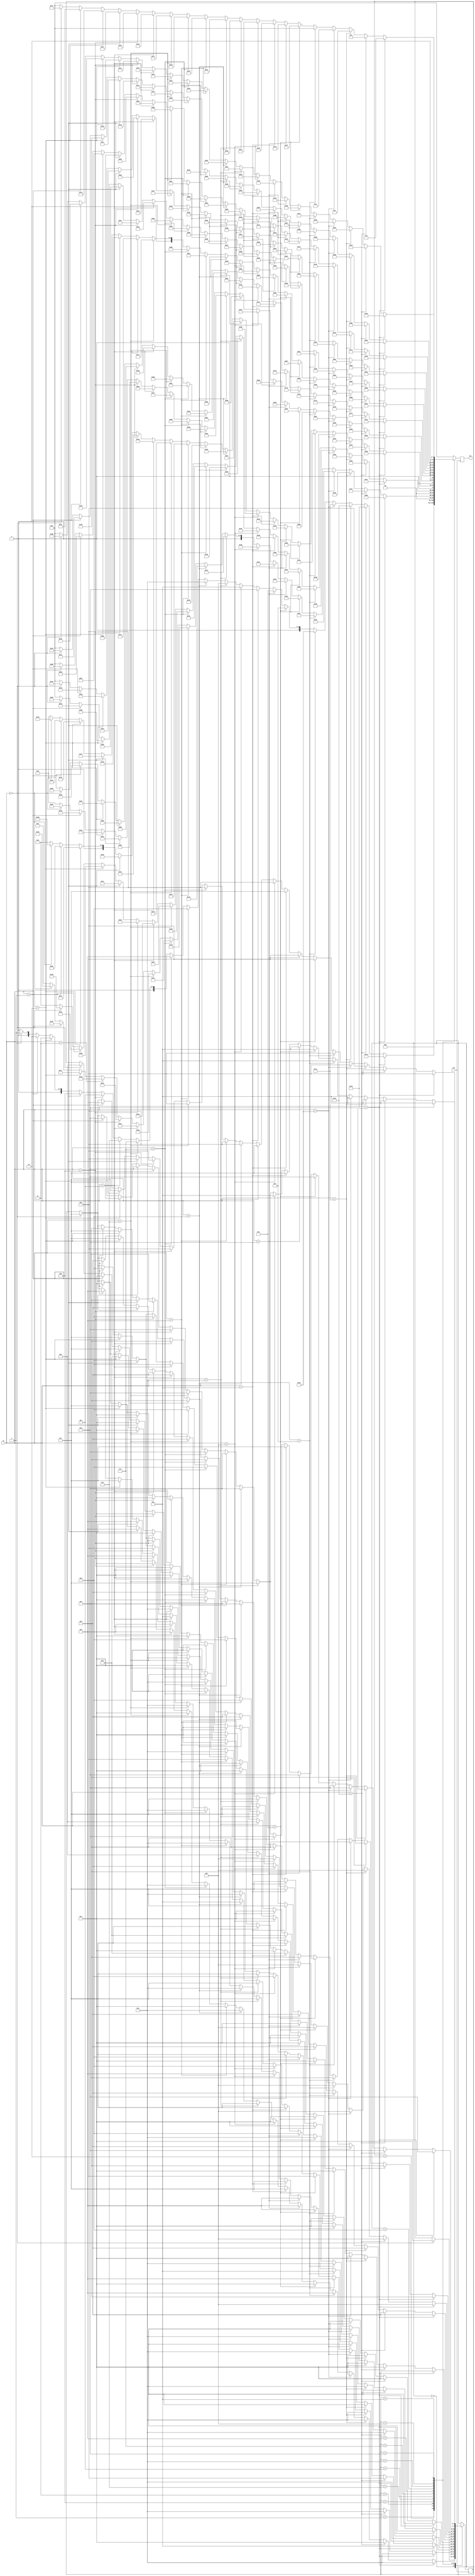
module s386(input clk,input[4:0] in, output [7:0] out);
	reg[3:0] state;
	always @(posedge clk) begin
		out<=0;
		case (state)
			0: begin
				if(in == 0) begin
					state<=1;
					out<=0;
				end
			end
			1: begin
				if(in == 0) begin
					state<=7;
					out<=1;
				end
				if(in == 1) begin
					state<=1;
					out<=2;
				end
				if(in == 2) begin
					state<=7;
					out<=3;
				end
				if(in == 3) begin
					state<=8;
					out<=4;
				end
				if(in == 4) begin
					state<=1;
					out<=5;
				end
				if(in == 5) begin
					state<=8;
					out<=6;
				end
				if(in == 6) begin
					state<=1;
					out<=7;
				end
				if(in == 7) begin
					state<=10;
					out<=8;
				end
				if(in == 8) begin
					state<=1;
					out<=9;
				end
				if(in == 9) begin
					state<=10;
					out<=10;
				end
				if(in == 10) begin
					state<=7;
					out<=11;
				end
				if(in == 11) begin
					state<=1;
					out<=12;
				end
				if(in == 12) begin
					state<=7;
					out<=13;
				end
				if(in == 13) begin
					state<=8;
					out<=14;
				end
				if(in == 14) begin
					state<=1;
					out<=15;
				end
				if(in == 15) begin
					state<=8;
					out<=16;
				end
				if(in == 16) begin
					state<=1;
					out<=17;
				end
				if(in == 17) begin
					state<=10;
					out<=18;
				end
				if(in == 18) begin
					state<=1;
					out<=19;
				end
				if(in == 19) begin
					state<=10;
					out<=20;
				end
			end
			2: begin
				if(in == 0) begin
					state<=7;
					out<=21;
				end
				if(in == 1) begin
					state<=8;
					out<=22;
				end
				if(in == 2) begin
					state<=7;
					out<=23;
				end
				if(in == 3) begin
					state<=8;
					out<=24;
				end
				if(in == 4) begin
					state<=8;
					out<=25;
				end
				if(in == 5) begin
					state<=8;
					out<=26;
				end
				if(in == 6) begin
					state<=10;
					out<=27;
				end
				if(in == 7) begin
					state<=10;
					out<=28;
				end
				if(in == 8) begin
					state<=10;
					out<=29;
				end
				if(in == 9) begin
					state<=10;
					out<=30;
				end
				if(in == 10) begin
					state<=7;
					out<=31;
				end
				if(in == 11) begin
					state<=8;
					out<=32;
				end
				if(in == 12) begin
					state<=7;
					out<=33;
				end
				if(in == 13) begin
					state<=8;
					out<=34;
				end
				if(in == 14) begin
					state<=8;
					out<=35;
				end
				if(in == 15) begin
					state<=8;
					out<=36;
				end
				if(in == 16) begin
					state<=10;
					out<=37;
				end
				if(in == 17) begin
					state<=10;
					out<=38;
				end
				if(in == 18) begin
					state<=10;
					out<=39;
				end
				if(in == 19) begin
					state<=10;
					out<=40;
				end
			end
			3: begin
				if(in == 0) begin
					state<=7;
					out<=41;
				end
				if(in == 1) begin
					state<=9;
					out<=42;
				end
				if(in == 2) begin
					state<=7;
					out<=43;
				end
				if(in == 3) begin
					state<=9;
					out<=44;
				end
				if(in == 4) begin
					state<=3;
					out<=45;
				end
				if(in == 5) begin
					state<=12;
					out<=46;
				end
				if(in == 6) begin
					state<=1;
					out<=47;
				end
				if(in == 7) begin
					state<=1;
					out<=48;
				end
				if(in == 8) begin
					state<=3;
					out<=49;
				end
				if(in == 9) begin
					state<=12;
					out<=50;
				end
				if(in == 10) begin
					state<=7;
					out<=51;
				end
				if(in == 11) begin
					state<=9;
					out<=52;
				end
				if(in == 12) begin
					state<=7;
					out<=53;
				end
				if(in == 13) begin
					state<=9;
					out<=54;
				end
				if(in == 14) begin
					state<=3;
					out<=55;
				end
				if(in == 15) begin
					state<=12;
					out<=56;
				end
				if(in == 16) begin
					state<=1;
					out<=57;
				end
				if(in == 17) begin
					state<=1;
					out<=58;
				end
				if(in == 18) begin
					state<=3;
					out<=59;
				end
				if(in == 19) begin
					state<=12;
					out<=60;
				end
			end
			4: begin
				if(in == 0) begin
					state<=7;
					out<=61;
				end
				if(in == 1) begin
					state<=9;
					out<=62;
				end
				if(in == 2) begin
					state<=7;
					out<=63;
				end
				if(in == 3) begin
					state<=9;
					out<=64;
				end
				if(in == 4) begin
					state<=10;
					out<=65;
				end
				if(in == 5) begin
					state<=10;
					out<=66;
				end
				if(in == 6) begin
					state<=10;
					out<=67;
				end
				if(in == 7) begin
					state<=10;
					out<=68;
				end
				if(in == 8) begin
					state<=10;
					out<=69;
				end
				if(in == 9) begin
					state<=10;
					out<=70;
				end
				if(in == 10) begin
					state<=7;
					out<=71;
				end
				if(in == 11) begin
					state<=9;
					out<=72;
				end
				if(in == 12) begin
					state<=7;
					out<=73;
				end
				if(in == 13) begin
					state<=9;
					out<=74;
				end
				if(in == 14) begin
					state<=10;
					out<=75;
				end
				if(in == 15) begin
					state<=10;
					out<=76;
				end
				if(in == 16) begin
					state<=10;
					out<=77;
				end
				if(in == 17) begin
					state<=10;
					out<=78;
				end
				if(in == 18) begin
					state<=10;
					out<=79;
				end
				if(in == 19) begin
					state<=10;
					out<=80;
				end
			end
			5: begin
				if(in == 0) begin
					state<=7;
					out<=81;
				end
				if(in == 1) begin
					state<=1;
					out<=82;
				end
				if(in == 2) begin
					state<=5;
					out<=83;
				end
				if(in == 3) begin
					state<=1;
					out<=84;
				end
				if(in == 4) begin
					state<=1;
					out<=85;
				end
				if(in == 5) begin
					state<=1;
					out<=86;
				end
				if(in == 6) begin
					state<=1;
					out<=87;
				end
				if(in == 7) begin
					state<=1;
					out<=88;
				end
				if(in == 8) begin
					state<=1;
					out<=89;
				end
				if(in == 9) begin
					state<=1;
					out<=90;
				end
				if(in == 10) begin
					state<=7;
					out<=91;
				end
				if(in == 11) begin
					state<=1;
					out<=92;
				end
				if(in == 12) begin
					state<=5;
					out<=93;
				end
				if(in == 13) begin
					state<=1;
					out<=94;
				end
				if(in == 14) begin
					state<=1;
					out<=95;
				end
				if(in == 15) begin
					state<=1;
					out<=96;
				end
				if(in == 16) begin
					state<=1;
					out<=97;
				end
				if(in == 17) begin
					state<=1;
					out<=98;
				end
				if(in == 18) begin
					state<=1;
					out<=99;
				end
				if(in == 19) begin
					state<=1;
					out<=100;
				end
			end
			6: begin
				if(in == 0) begin
					state<=6;
					out<=101;
				end
				if(in == 1) begin
					state<=1;
					out<=102;
				end
				if(in == 2) begin
					state<=7;
					out<=103;
				end
				if(in == 3) begin
					state<=1;
					out<=104;
				end
				if(in == 4) begin
					state<=1;
					out<=105;
				end
				if(in == 5) begin
					state<=1;
					out<=106;
				end
				if(in == 6) begin
					state<=1;
					out<=107;
				end
				if(in == 7) begin
					state<=1;
					out<=108;
				end
				if(in == 8) begin
					state<=1;
					out<=109;
				end
				if(in == 9) begin
					state<=1;
					out<=110;
				end
				if(in == 10) begin
					state<=6;
					out<=111;
				end
				if(in == 11) begin
					state<=1;
					out<=112;
				end
				if(in == 12) begin
					state<=7;
					out<=113;
				end
				if(in == 13) begin
					state<=1;
					out<=114;
				end
				if(in == 14) begin
					state<=1;
					out<=115;
				end
				if(in == 15) begin
					state<=1;
					out<=116;
				end
				if(in == 16) begin
					state<=1;
					out<=117;
				end
				if(in == 17) begin
					state<=1;
					out<=118;
				end
				if(in == 18) begin
					state<=1;
					out<=119;
				end
				if(in == 19) begin
					state<=1;
					out<=120;
				end
			end
			7: begin
				if(in == 0) begin
					state<=7;
					out<=121;
				end
				if(in == 1) begin
					state<=1;
					out<=122;
				end
				if(in == 2) begin
					state<=7;
					out<=123;
				end
				if(in == 3) begin
					state<=1;
					out<=124;
				end
				if(in == 4) begin
					state<=1;
					out<=125;
				end
				if(in == 5) begin
					state<=1;
					out<=126;
				end
				if(in == 6) begin
					state<=1;
					out<=127;
				end
				if(in == 7) begin
					state<=1;
					out<=128;
				end
				if(in == 8) begin
					state<=1;
					out<=129;
				end
				if(in == 9) begin
					state<=1;
					out<=130;
				end
				if(in == 10) begin
					state<=6;
					out<=131;
				end
				if(in == 11) begin
					state<=1;
					out<=132;
				end
				if(in == 12) begin
					state<=5;
					out<=133;
				end
				if(in == 13) begin
					state<=1;
					out<=134;
				end
				if(in == 14) begin
					state<=1;
					out<=135;
				end
				if(in == 15) begin
					state<=1;
					out<=136;
				end
				if(in == 16) begin
					state<=1;
					out<=137;
				end
				if(in == 17) begin
					state<=1;
					out<=138;
				end
				if(in == 18) begin
					state<=1;
					out<=139;
				end
				if(in == 19) begin
					state<=1;
					out<=140;
				end
			end
			8: begin
				if(in == 0) begin
					state<=7;
					out<=141;
				end
				if(in == 1) begin
					state<=2;
					out<=142;
				end
				if(in == 2) begin
					state<=7;
					out<=143;
				end
				if(in == 3) begin
					state<=2;
					out<=144;
				end
				if(in == 4) begin
					state<=2;
					out<=145;
				end
				if(in == 5) begin
					state<=2;
					out<=146;
				end
				if(in == 6) begin
					state<=2;
					out<=147;
				end
				if(in == 7) begin
					state<=2;
					out<=148;
				end
				if(in == 8) begin
					state<=2;
					out<=149;
				end
				if(in == 9) begin
					state<=2;
					out<=150;
				end
				if(in == 10) begin
					state<=7;
					out<=151;
				end
				if(in == 11) begin
					state<=2;
					out<=152;
				end
				if(in == 12) begin
					state<=7;
					out<=153;
				end
				if(in == 13) begin
					state<=2;
					out<=154;
				end
				if(in == 14) begin
					state<=2;
					out<=155;
				end
				if(in == 15) begin
					state<=2;
					out<=156;
				end
				if(in == 16) begin
					state<=2;
					out<=157;
				end
				if(in == 17) begin
					state<=2;
					out<=158;
				end
				if(in == 18) begin
					state<=2;
					out<=159;
				end
				if(in == 19) begin
					state<=2;
					out<=160;
				end
			end
			9: begin
				if(in == 0) begin
					state<=7;
					out<=161;
				end
				if(in == 1) begin
					state<=9;
					out<=162;
				end
				if(in == 2) begin
					state<=7;
					out<=163;
				end
				if(in == 3) begin
					state<=9;
					out<=164;
				end
				if(in == 4) begin
					state<=9;
					out<=165;
				end
				if(in == 5) begin
					state<=9;
					out<=166;
				end
				if(in == 6) begin
					state<=9;
					out<=167;
				end
				if(in == 7) begin
					state<=9;
					out<=168;
				end
				if(in == 8) begin
					state<=9;
					out<=169;
				end
				if(in == 9) begin
					state<=9;
					out<=170;
				end
				if(in == 10) begin
					state<=7;
					out<=171;
				end
				if(in == 11) begin
					state<=11;
					out<=172;
				end
				if(in == 12) begin
					state<=7;
					out<=173;
				end
				if(in == 13) begin
					state<=11;
					out<=174;
				end
				if(in == 14) begin
					state<=11;
					out<=175;
				end
				if(in == 15) begin
					state<=11;
					out<=176;
				end
				if(in == 16) begin
					state<=11;
					out<=177;
				end
				if(in == 17) begin
					state<=11;
					out<=178;
				end
				if(in == 18) begin
					state<=11;
					out<=179;
				end
				if(in == 19) begin
					state<=11;
					out<=180;
				end
			end
			10: begin
				if(in == 0) begin
					state<=7;
					out<=181;
				end
				if(in == 1) begin
					state<=4;
					out<=182;
				end
				if(in == 2) begin
					state<=7;
					out<=183;
				end
				if(in == 3) begin
					state<=4;
					out<=184;
				end
				if(in == 4) begin
					state<=4;
					out<=185;
				end
				if(in == 5) begin
					state<=4;
					out<=186;
				end
				if(in == 6) begin
					state<=4;
					out<=187;
				end
				if(in == 7) begin
					state<=4;
					out<=188;
				end
				if(in == 8) begin
					state<=4;
					out<=189;
				end
				if(in == 9) begin
					state<=4;
					out<=190;
				end
				if(in == 10) begin
					state<=7;
					out<=191;
				end
				if(in == 11) begin
					state<=4;
					out<=192;
				end
				if(in == 12) begin
					state<=7;
					out<=193;
				end
				if(in == 13) begin
					state<=4;
					out<=194;
				end
				if(in == 14) begin
					state<=4;
					out<=195;
				end
				if(in == 15) begin
					state<=4;
					out<=196;
				end
				if(in == 16) begin
					state<=4;
					out<=197;
				end
				if(in == 17) begin
					state<=4;
					out<=198;
				end
				if(in == 18) begin
					state<=4;
					out<=199;
				end
				if(in == 19) begin
					state<=4;
					out<=200;
				end
			end
			11: begin
				if(in == 0) begin
					state<=7;
					out<=201;
				end
				if(in == 1) begin
					state<=13;
					out<=202;
				end
				if(in == 2) begin
					state<=7;
					out<=203;
				end
				if(in == 3) begin
					state<=13;
					out<=204;
				end
				if(in == 4) begin
					state<=13;
					out<=205;
				end
				if(in == 5) begin
					state<=13;
					out<=206;
				end
				if(in == 6) begin
					state<=13;
					out<=207;
				end
				if(in == 7) begin
					state<=13;
					out<=208;
				end
				if(in == 8) begin
					state<=13;
					out<=209;
				end
				if(in == 9) begin
					state<=13;
					out<=210;
				end
				if(in == 10) begin
					state<=7;
					out<=211;
				end
				if(in == 11) begin
					state<=13;
					out<=212;
				end
				if(in == 12) begin
					state<=7;
					out<=213;
				end
				if(in == 13) begin
					state<=13;
					out<=214;
				end
				if(in == 14) begin
					state<=13;
					out<=215;
				end
				if(in == 15) begin
					state<=13;
					out<=216;
				end
				if(in == 16) begin
					state<=13;
					out<=217;
				end
				if(in == 17) begin
					state<=13;
					out<=218;
				end
				if(in == 18) begin
					state<=13;
					out<=219;
				end
				if(in == 19) begin
					state<=13;
					out<=220;
				end
			end
			12: begin
				if(in == 0) begin
					state<=7;
					out<=221;
				end
				if(in == 1) begin
					state<=3;
					out<=222;
				end
				if(in == 2) begin
					state<=7;
					out<=223;
				end
				if(in == 3) begin
					state<=3;
					out<=224;
				end
				if(in == 4) begin
					state<=3;
					out<=225;
				end
				if(in == 5) begin
					state<=3;
					out<=226;
				end
				if(in == 6) begin
					state<=3;
					out<=227;
				end
				if(in == 7) begin
					state<=3;
					out<=228;
				end
				if(in == 8) begin
					state<=3;
					out<=229;
				end
				if(in == 9) begin
					state<=3;
					out<=230;
				end
				if(in == 10) begin
					state<=7;
					out<=231;
				end
				if(in == 11) begin
					state<=3;
					out<=232;
				end
				if(in == 12) begin
					state<=7;
					out<=233;
				end
				if(in == 13) begin
					state<=3;
					out<=234;
				end
				if(in == 14) begin
					state<=3;
					out<=235;
				end
				if(in == 15) begin
					state<=3;
					out<=236;
				end
				if(in == 16) begin
					state<=3;
					out<=237;
				end
				if(in == 17) begin
					state<=3;
					out<=238;
				end
				if(in == 18) begin
					state<=3;
					out<=239;
				end
				if(in == 19) begin
					state<=3;
					out<=240;
				end
			end
			13: begin
				if(in == 0) begin
					state<=7;
					out<=241;
				end
				if(in == 1) begin
					state<=13;
					out<=242;
				end
				if(in == 2) begin
					state<=7;
					out<=243;
				end
				if(in == 3) begin
					state<=13;
					out<=244;
				end
				if(in == 4) begin
					state<=13;
					out<=245;
				end
				if(in == 5) begin
					state<=13;
					out<=246;
				end
				if(in == 6) begin
					state<=13;
					out<=247;
				end
				if(in == 7) begin
					state<=13;
					out<=248;
				end
				if(in == 8) begin
					state<=13;
					out<=249;
				end
				if(in == 9) begin
					state<=13;
					out<=250;
				end
				if(in == 10) begin
					state<=7;
					out<=251;
				end
				if(in == 11) begin
					state<=12;
					out<=252;
				end
				if(in == 12) begin
					state<=7;
					out<=253;
				end
				if(in == 13) begin
					state<=12;
					out<=254;
				end
				if(in == 14) begin
					state<=12;
					out<=255;
				end
				if(in == 15) begin
					state<=12;
					out<=0;
				end
				if(in == 16) begin
					state<=12;
					out<=1;
				end
				if(in == 17) begin
					state<=12;
					out<=2;
				end
				if(in == 18) begin
					state<=12;
					out<=3;
				end
				if(in == 19) begin
					state<=12;
					out<=4;
				end
			end
		endcase
	end
endmodule